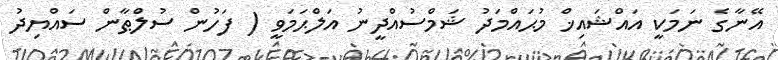
އޭނާގެ ނަމަކީ އައްޝައިޚް މުޙައްމަދު ޝަމްސުއްދީނު އަލްޙަމަވީ ( ފަހުން ސުލްޠާން ސައްޔިދު